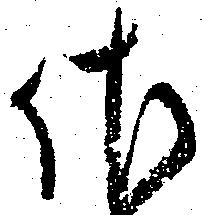
佐